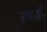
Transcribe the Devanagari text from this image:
एम॰ई॰